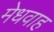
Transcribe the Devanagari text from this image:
मेधवाह